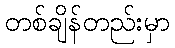
တစ်ချိန်တည်းမှာ